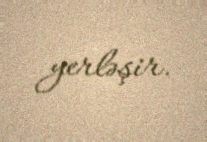
yerləşir.